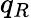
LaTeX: q_{R}